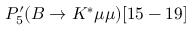
P _ { 5 } ^ { \prime } ( B \to K ^ { * } \mu \mu ) [ 1 5 - 1 9 ]